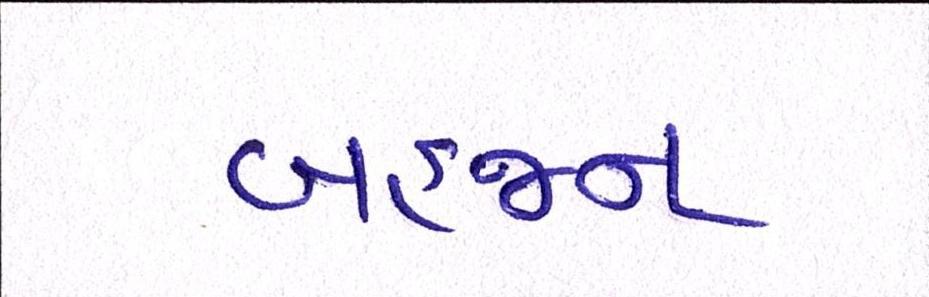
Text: બહજન